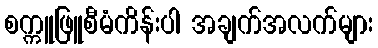
စက္ကူဖြူစီမံကိန်းပါ အချက်အလက်များ